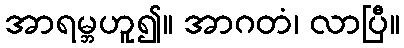
အာရမ္ဘဟူ၍။ အာဂတံ၊ လာပြီ။